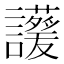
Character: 𧮁